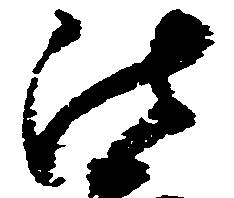
法